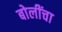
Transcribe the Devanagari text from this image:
बोलींचा